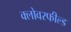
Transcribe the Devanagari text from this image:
क्लोवरफील्ड